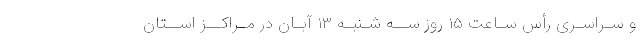
و سـراسـری رأس سـاعت ۱۵ روز ســه شـنبـه ۱۳ آبـان در مـراکــز اســتان